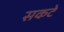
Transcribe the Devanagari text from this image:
सकटे